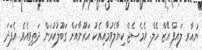
ޔުއާރ ލައިފް އޭޒް ހެލް. އެމެސެޖް ކިޔާލެވުމާއިއެކު އަރޫނާއަށް ގަބޫލުކުރަން ދަތިވިއެވެ. އެފަދަ